Investigations into the jail dietaries of the United Provinces with some observations on the influence of dietary on the physical development and well-being of the people of the United Provinces - Number 48
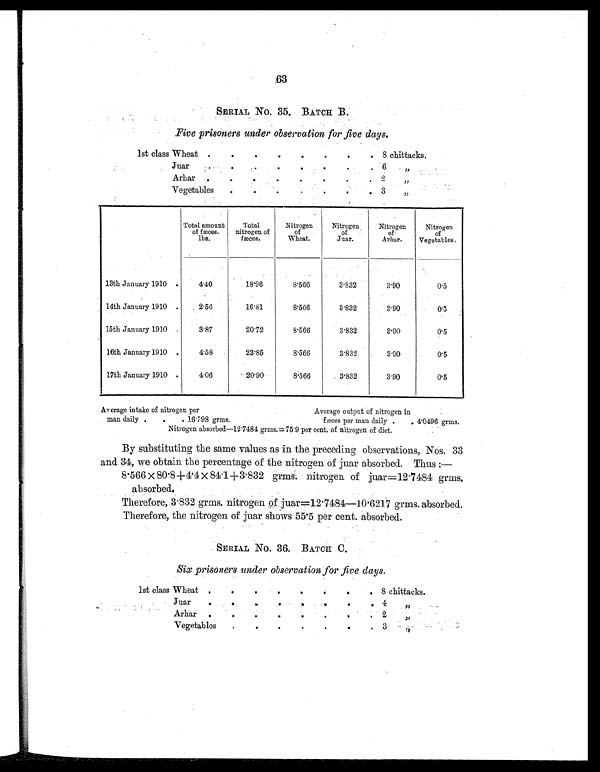
63
SERIAL NO. 35. BATCH B.
Five prisoners under observation for five days.
1st class Wheat
.
.
.
.
.
.
.
. 8 chittacks.
Juar
.
.
.
.
.
.
.
. 6 „
Arhar
.
.
.
.
.
.
.
. 2 „
Vegetables
.
.
.
.
.
.
. 3 „
Total amount
of fæces.
l b s .
Total
nitrogen of
fæces.
Nitrogen
of
Wheat.
Nitrogen.
of
Juar.
Nitrogen
of
Arhar.
Nitrogen
of
Vegetables.
13th January 1910
.
4.40
18.96
8.566
3.832
3.90
0.5
14th January 1910 .
2.56
16.81
8.566
3.832
3.90
0.5
15th January 1910
.
3.87
20.72
8.566
3.832
3.90
0.5
16th January 1910
.
4.58
23.85
8.566
3.832
3.90
0.5
17th January 1910 .
4.06
20.90
8.566
3.832
3.90
0.5
Average intake of nitrogen per
Average output of nitrogen in
man daily .
.
. 16.798 grms:
fæces per man daily .
. 4.0496 grms.
Nitrogen absorbed—12.7484 grms. = 75.9 per cent. of nitrogen of diet.
By substituting the same values as in the preceding observations, Nos. 33
and 34, we obtain the percentage of the nitrogen of juar absorbed. Thus :
—
8.566 × 80.8+4.4 × 84.1+3.832 grms. nitrogen of juar=12.7484 grms.
absorbed.
Therefore, 3.832 grms. nitrogen of juar=12.7484—10.6217 grms. absorbed.
Therefore, the nitrogen of juar shows 55.5 per cent. absorbed.
SERIAL NO. 36. BATCH C.
Six prisoners under observation for five days.
1st class Wheat
.
.
.
.
.
.
.
. 8 chittacks.
Juar
.
.
.
.
.
.
.
. 4 „
Arhar
.
.
.
.
.
.
.
. 2 „
Vegetables
.
.
.
.
.
.
. 3 „